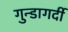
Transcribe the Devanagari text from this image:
गुन्डागर्दी